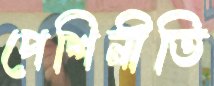
পেশিনীতি